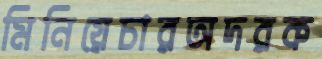
মিনিয়েচারঅদরক